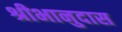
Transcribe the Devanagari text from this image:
श्रीभानुदास